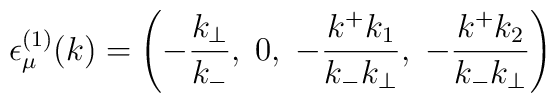
{\epsilon}_{\mu}^{(1)}(k)=\left( -\frac{k_{\bot}}{k_-},\;0,\;-\frac{k^+k_1}{k_-k_{\bot}},\;-\frac{k^+k_2}{k_-k_{\bot}}\right)